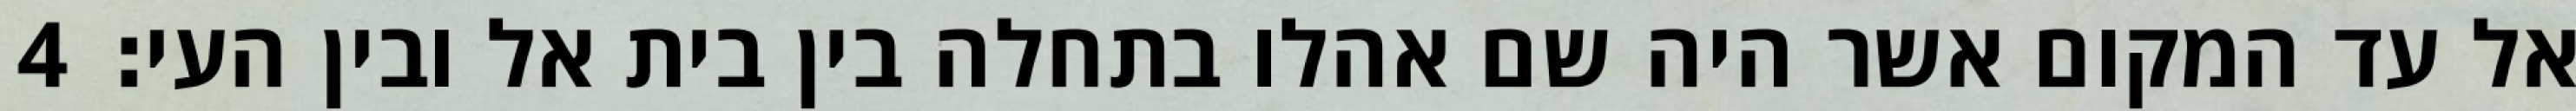
אל עד המקום אשר היה שם אהלו בתחלה בין בית אל ובין העי׃ ‎4‏